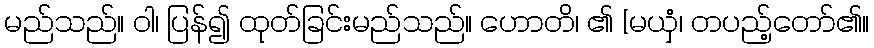
မည်သည်။ ဝါ၊ ပြန်၍ ထုတ်ခြင်းမည်သည်။ ဟောတိ၊ ၏ [မယှံ၊ တပည့်တော်၏။